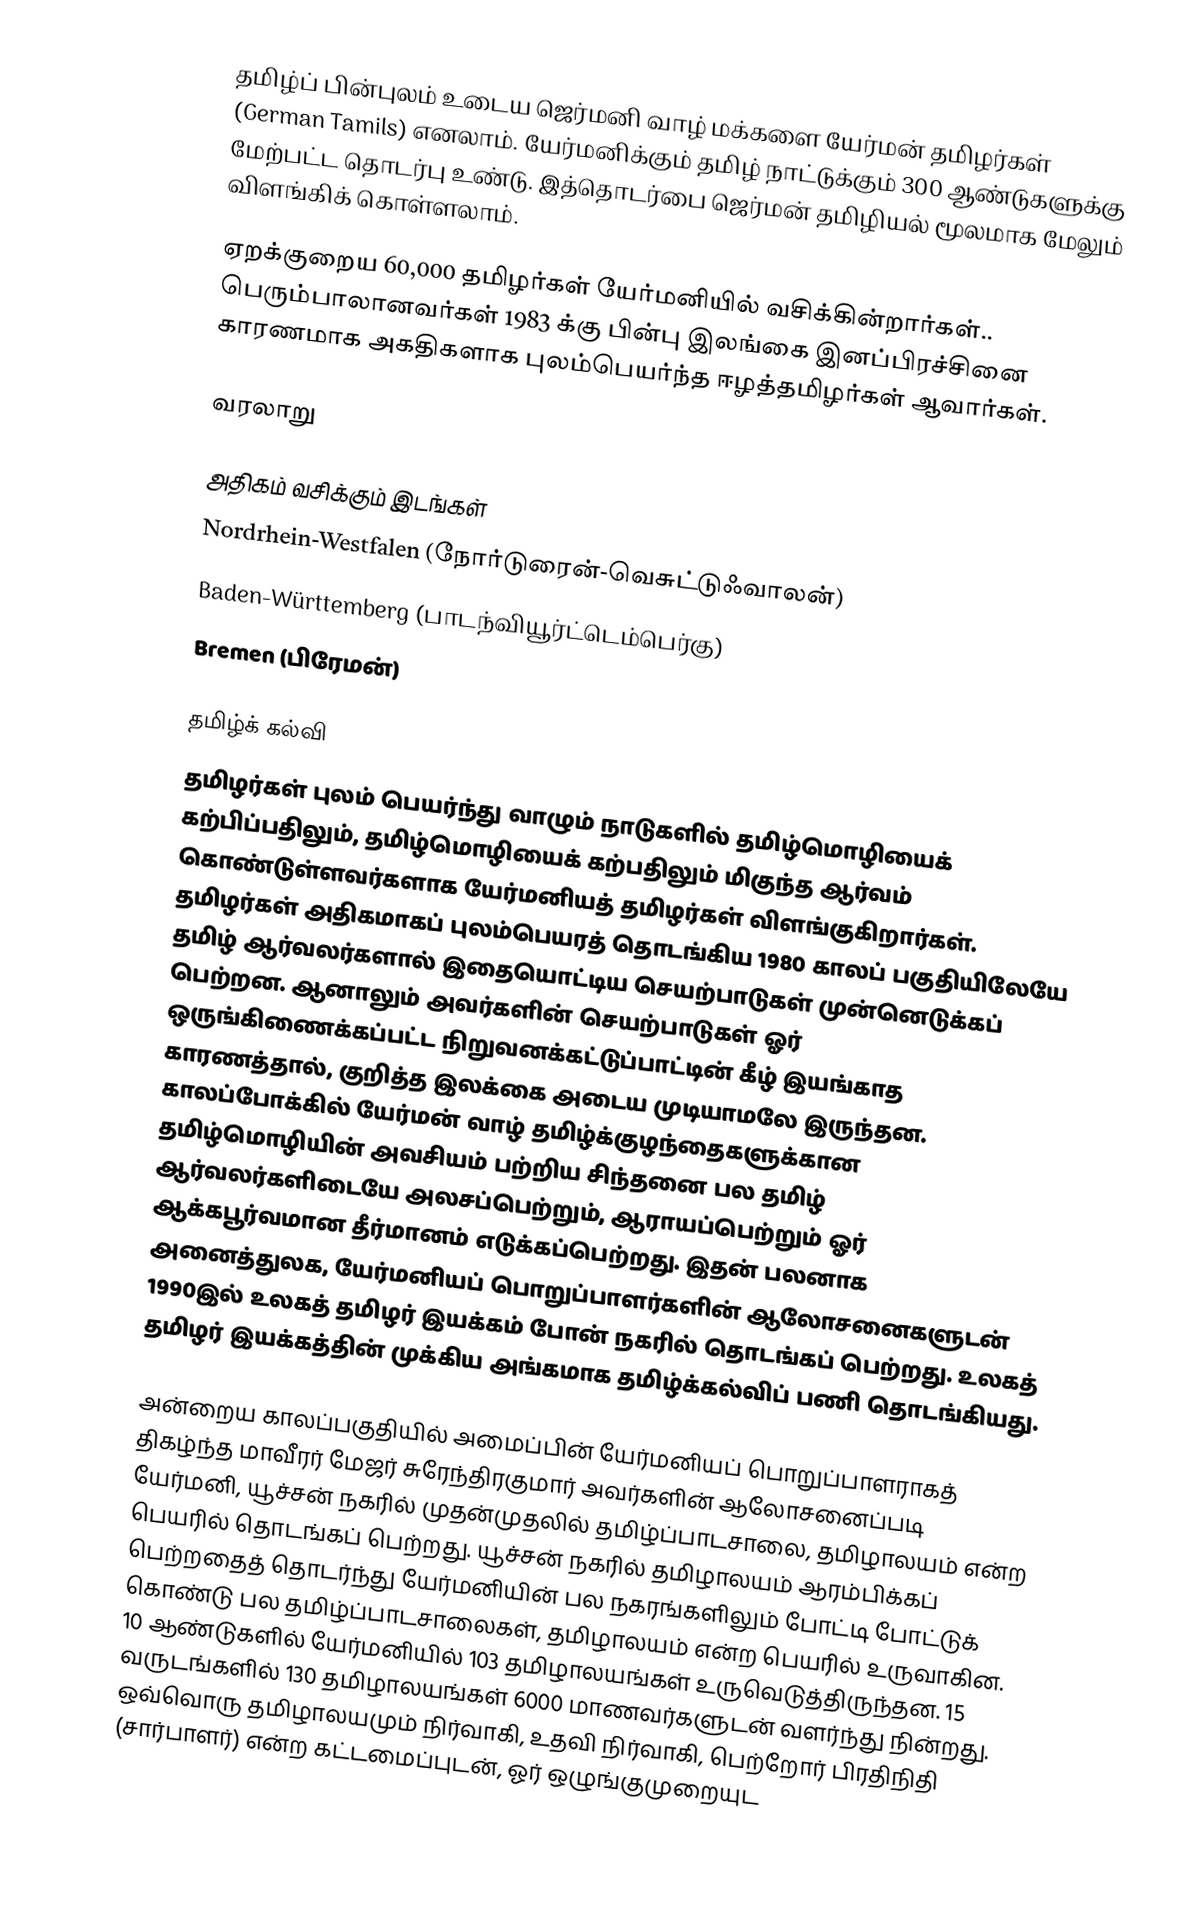
தமிழ்ப் பின்புலம் உடைய ஜெர்மனி வாழ் மக்களை யேர்மன் தமிழர்கள் (German Tamils) எனலாம்.  யேர்மனிக்கும் தமிழ் நாட்டுக்கும் 300 ஆண்டுகளுக்கு மேற்பட்ட தொடர்பு உண்டு.  இத்தொடர்பை ஜெர்மன் தமிழியல் மூலமாக மேலும் விளங்கிக் கொள்ளலாம்.

ஏறக்குறைய 60,000 தமிழர்கள் யேர்மனியில் வசிக்கின்றார்கள்..   பெரும்பாலானவர்கள் 1983 க்கு பின்பு இலங்கை இனப்பிரச்சினை காரணமாக அகதிகளாக புலம்பெயர்ந்த ஈழத்தமிழர்கள் ஆவார்கள்.

வரலாறு

அதிகம் வசிக்கும் இடங்கள்
 Nordrhein-Westfalen (நோர்டுரைன்-வெசுட்டுஃவாலன்)
 Baden-Württemberg (பாடந்வியூர்ட்டெம்பெர்கு)
 Bremen (பிரேமன்)

தமிழ்க் கல்வி
தமிழர்கள் புலம் பெயர்ந்து வாழும் நாடுகளில் தமிழ்மொழியைக் கற்பிப்பதிலும், தமிழ்மொழியைக் கற்பதிலும் மிகுந்த ஆர்வம் கொண்டுள்ளவர்களாக யேர்மனியத் தமிழர்கள் விளங்குகிறார்கள். தமிழர்கள் அதிகமாகப் புலம்பெயரத் தொடங்கிய 1980 காலப் பகுதியிலேயே  தமிழ் ஆர்வலர்களால் இதையொட்டிய செயற்பாடுகள் முன்னெடுக்கப் பெற்றன. ஆனாலும் அவர்களின் செயற்பாடுகள் ஓர் ஒருங்கிணைக்கப்பட்ட நிறுவனக்கட்டுப்பாட்டின் கீழ் இயங்காத காரணத்தால், குறித்த இலக்கை அடைய முடியாமலே இருந்தன. காலப்போக்கில் யேர்மன் வாழ் தமிழ்க்குழந்தைகளுக்கான தமிழ்மொழியின் அவசியம் பற்றிய சிந்தனை பல தமிழ் ஆர்வலர்களிடையே அலசப்பெற்றும், ஆராயப்பெற்றும் ஓர் ஆக்கபூர்வமான தீர்மானம் எடுக்கப்பெற்றது. இதன் பலனாக அனைத்துலக, யேர்மனியப் பொறுப்பாளர்களின் ஆலோசனைகளுடன் 1990இல் உலகத் தமிழர் இயக்கம் போன் நகரில் தொடங்கப் பெற்றது. உலகத் தமிழர் இயக்கத்தின் முக்கிய அங்கமாக தமிழ்க்கல்விப் பணி தொடங்கியது.

அன்றைய காலப்பகுதியில் அமைப்பின் யேர்மனியப் பொறுப்பாளராகத் திகழ்ந்த மாவீரர் மேஜர் சுரேந்திரகுமார் அவர்களின் ஆலோசனைப்படி யேர்மனி, யூச்சன் நகரில் முதன்முதலில் தமிழ்ப்பாடசாலை, தமிழாலயம் என்ற பெயரில் தொடங்கப் பெற்றது. யூச்சன் நகரில் தமிழாலயம் ஆரம்பிக்கப் பெற்றதைத் தொடர்ந்து யேர்மனியின் பல நகரங்களிலும் போட்டி போட்டுக் கொண்டு பல தமிழ்ப்பாடசாலைகள், தமிழாலயம் என்ற பெயரில் உருவாகின. 10 ஆண்டுகளில் யேர்மனியில் 103 தமிழாலயங்கள் உருவெடுத்திருந்தன. 15 வருடங்களில் 130 தமிழாலயங்கள் 6000 மாணவர்களுடன் வளர்ந்து நின்றது. ஒவ்வொரு தமிழாலயமும் நிர்வாகி, உதவி நிர்வாகி, பெற்றோர் பிரதிநிதி (சார்பாளர்) என்ற கட்டமைப்புடன், ஓர் ஒழுங்குமுறையுட